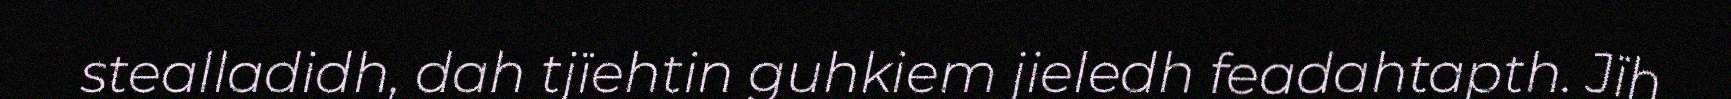
stealladidh, dah tjïehtin guhkiem jieledh feadahtapth. Jïh